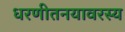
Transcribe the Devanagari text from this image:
धरणीतनयावरस्य